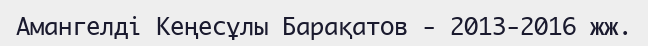
Амангелді Кеңесұлы Барақатов - 2013-2016 жж.